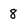
Character: 8